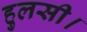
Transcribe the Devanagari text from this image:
हुलसी।